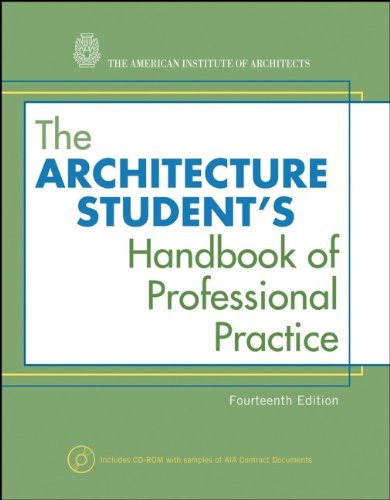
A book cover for The Architecture Student's Handbook of Professional Practice; American Institute of Architects; Engineering & Transportation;